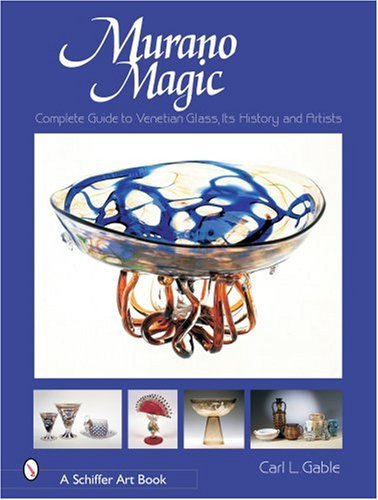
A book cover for Murano Magic: Complete Guide to Venetian Glass, Its History and Artists (Schiffer Art Books); Carl T. Gable; Crafts, Hobbies & Home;